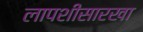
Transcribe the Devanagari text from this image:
लापशीसारखा